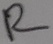
Text: R